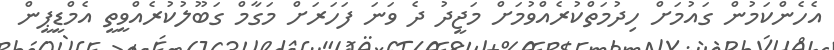
އެހެންކަމުން ގައުމަށް ހިދުމަތްކުރެއްވުމަށް މަޖީދު ދެ ވަނަ ފަހަރަށް މަގާމް ގަބޫލުކުރެއްވީތީ އެމްޑީޕީން